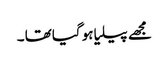
مجھے پیلیا ہو گیا تھا ۔